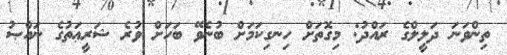
ތިންވަނަ ދަލީލްގެ ރައްދު: މިގޮތަށް ހިނގިކަމަށް ބުނެވޭ ބަހަށް ވުރެ ޝަރީޢަތުގެ ނައްޞު